Newspaper: The Evansville journal. [volume]
Place of publication: Evansville, Ind.
Publisher: Evansville Journal Co.
Date: 1870-01-11 00:00:00
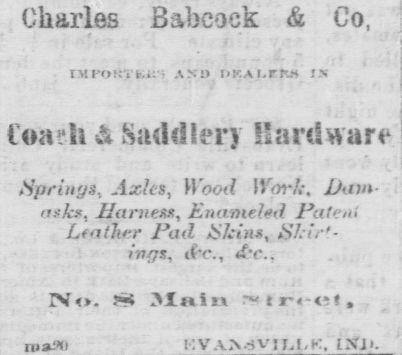
Advertisement text (OCR):
Charles Babcock & Co, AM) I'KAI.rKS I.N Coarh & Saddlery Hardware Spriwjs, Axhs, Wood Work. Davi nk, UarnexK, Euamelfd Patent Ltatlu-r Pad Slcln, S.ir' ings, tf :., t-c. No. J 3Iniit t n-.t , niaili l-IV.VN.SVII.i.K, IND
Label: text-only